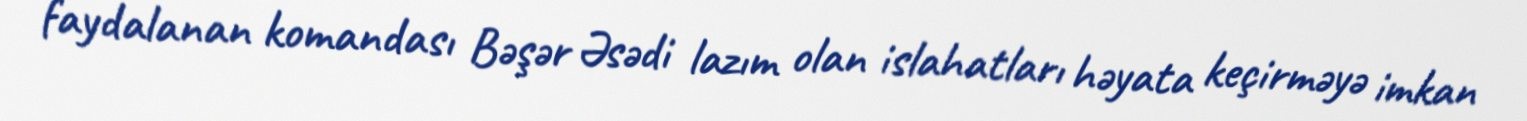
faydalanan komandası Bəşər Əsədi lazım olan islahatları həyata keçirməyə imkan